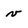
Character: v